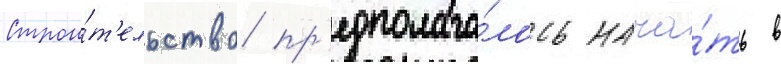
Строи́т'ельство пр'едполага́лось нача́ть в